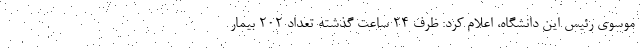
موسوی رئیس این دانشگاه، اعلام کرد: ظرف ۲۴ ساعت گذشته تعداد ۲۰۲ بیمار